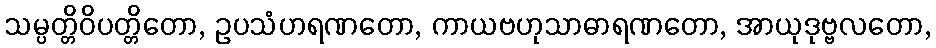
သမ္ပတ္တိဝိပတ္တိတော, ဥပသံဟရဏတော, ကာယဗဟုသာဓာရဏတော, အာယုဒုဗ္ဗလတော,